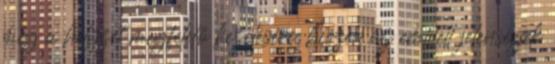
még a helyzet megfelelő kezelésére, hiszen az említett jelenségek